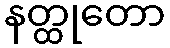
နတ္ထုတော